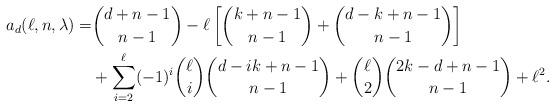
LaTeX: \begin{align*}a_d (\ell, n, \lambda) = & \binom{d+n-1}{n-1} - \ell \left [ \binom{k + n-1}{n-1} + \binom{d - k + n-1}{n-1} \right ] \\& + \sum_{i=2}^\ell (-1)^i \binom{\ell}{i} \binom{d - i k + n-1}{n-1} + \binom{\ell}{2} \binom{2 k - d +n -1}{n-1} + \ell^2. \end{align*}